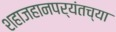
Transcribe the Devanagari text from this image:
शहाजहानपर्यंतच्या